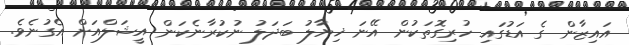
އައިޒާން ގެ އަޑުގައި ހުރިގޮތަކުން އޭނަ ޚިޔާލު ބަދަލު ނުކުރާނެކަން އީޝަލްއަށް އެގުނެވެ.